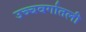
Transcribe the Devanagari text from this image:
उच्चवर्गातली